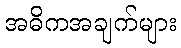
အဓိကအချက်များ